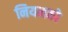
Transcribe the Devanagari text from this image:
नियमको